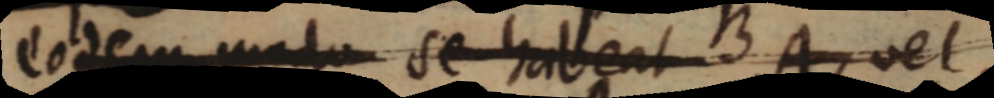
eodem modo se habeat A, vel